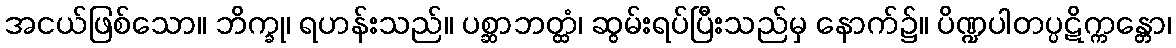
အငယ်ဖြစ်သော။ ဘိက္ခု၊ ရဟန်းသည်။ ပစ္ဆာဘတ္ထံ၊ ဆွမ်းရပ်ပြီးသည်မှ နောက်၌။ ပိဏ္ဍပါတပ္ပဋိက္ကန္တော၊